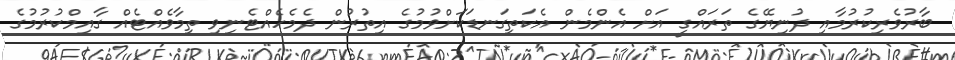
ބާރުވެރިކުރުމާއި ދުނިޔޭގެ ތަރައްގީ އަށް އެންމެން އެކަތިގަނޑަކަށްވުމުގެ އިތުރުން ދެމެހެއްޓެނިވި ތިމާވެއްޓެއް ގާއިމްކުރުމުގެ